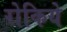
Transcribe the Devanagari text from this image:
रोकिये